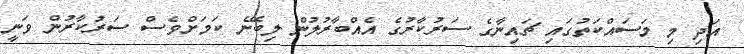
އަދި މި މަސައްކަތުގައި ޗައިނާގެ ސަރުކާރުގެ އެއްބާރުލުން ލިބޭނެ ކަމަށްވެސް ސަރުކާރުން ވަނީ